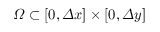
\varOmega \subset [ 0 , \varDelta x ] \times [ 0 , \varDelta y ]